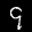
Label: 9